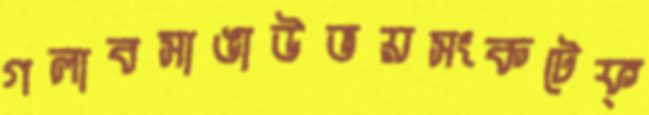
গলাবসাঙাউভয়সংকটেফ্